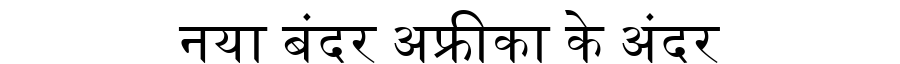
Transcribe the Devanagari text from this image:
नया बंदर अफ्रीका के अंदर